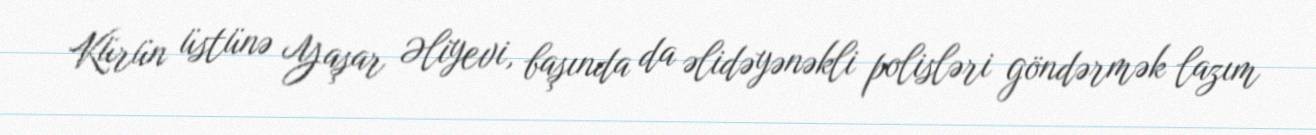
Kürün üstünə Yaşar Əliyevi, başında da əlidəyənəkli polisləri göndərmək lazım